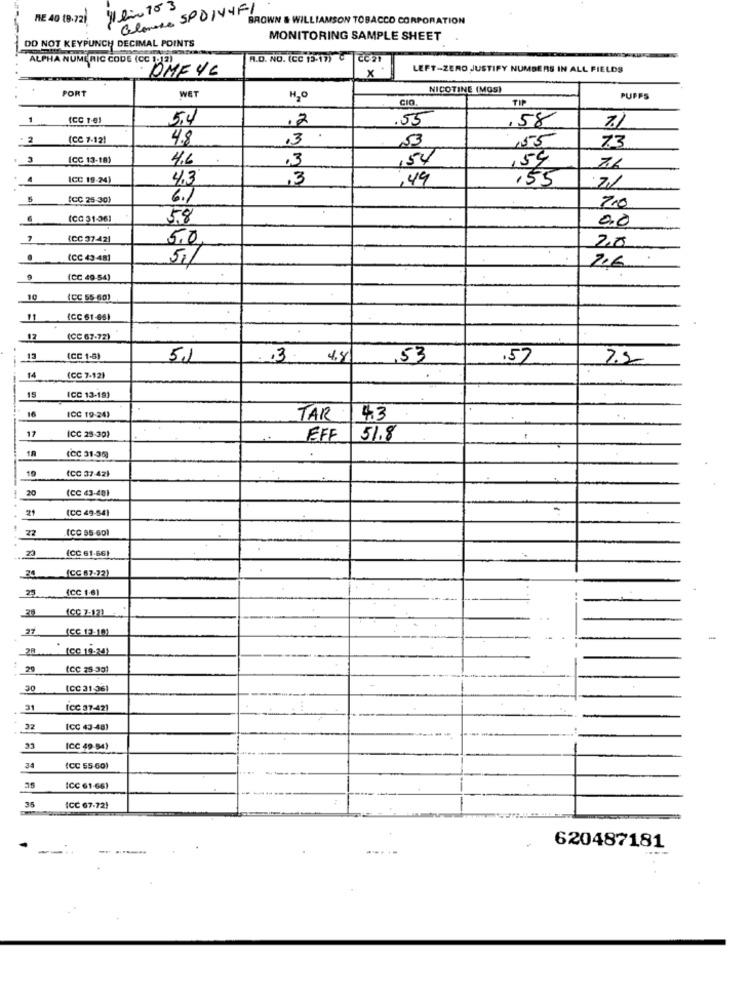
Calonase SPDIVYF!
ME 40 19.721
BROWN & WILLIAMSON TOBACCO CORPORATION
MONITORING SAMPLE SHEET
DO NOT KEYPUNCH DECIMAL POINTS
ALPHA NUMERIC CODE (CC 1. 2)
A.D. NO. (CC 13-17) @ |CC21
DMF 46
x .
LEFT-ZERO JUSTIFY NUMBERS IN ALL FIELDS
PORT
NICOTINE (MOS)
WET
H2º
CIO.
TIP
PUFFS
1
(CC 1-0)
5.4
.2
.55
,58
7.1
(CC 7-121
4.8
,3
53
73
155
(CC 13-18)
4.6
.3
,54
,54
76
ICC 19.24)
4.3
,3
.49
,55
:7/
5
(CC 25-30)
6.1
7.0
(CG 31-361
58
0,0
(CC 37421
5.0
20
(CC 43 -481
5./
206
(CC 49-54)
10
(CC 55-60)
(CC 61-66)
(CC 67-72)
(CC 1-5)
51
4.8
,53
.57
2.2
14
(CC 7-12)
ICC 13-19)
16
ICC 19-24)
TAR
43
17
(CC 25-30)
EFF
51.8
(CC 31-35)
10
(CC 37-42)
20
(CC 43-481
(CC 49-54)
-
22
ICC 55-601
(CC 61-66)
23
(CC 67-72)
25
(CC 1-61
(CC 7-12)
..
27
(CC 13-10)
(CC 19.24)
29
(CC 25-301
30
(CC 31-36)
31
ICC 57-421
32
ICC 43-48)
ICC 49-54)
34
(CC 55-60)
ICC 61-66)
ICC 67-72)
620487181